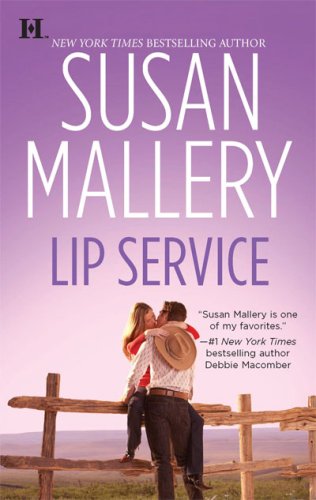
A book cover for Lip Service (Lone Star Sisters, Book 2); Susan Mallery; Literature & Fiction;